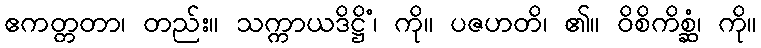
ဧကတ္တတာ၊ တည်း။ သက္ကာယဒိဋ္ဌိံ၊ ကို။ ပဇဟတိ၊ ၏။ ဝိစိကိစ္ဆံ၊ ကို။